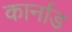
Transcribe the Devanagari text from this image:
कार्नाड